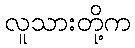
လူသားတို့က